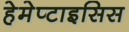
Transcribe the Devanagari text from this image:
हेमेप्टाइसिस